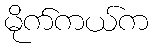
မိုက်ကယ်က